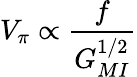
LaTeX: V_{\pi}\propto\frac{f}{{G_{MI}^{1/2}}}